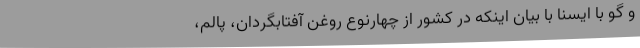
و گو با ایسنا با بیان اینکه در کشور از چهارنوع روغن آفتابگردان، پالم،